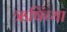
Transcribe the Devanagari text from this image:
ऋषिंच्या